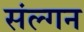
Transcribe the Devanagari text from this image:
संल्गन